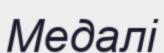
Медалі